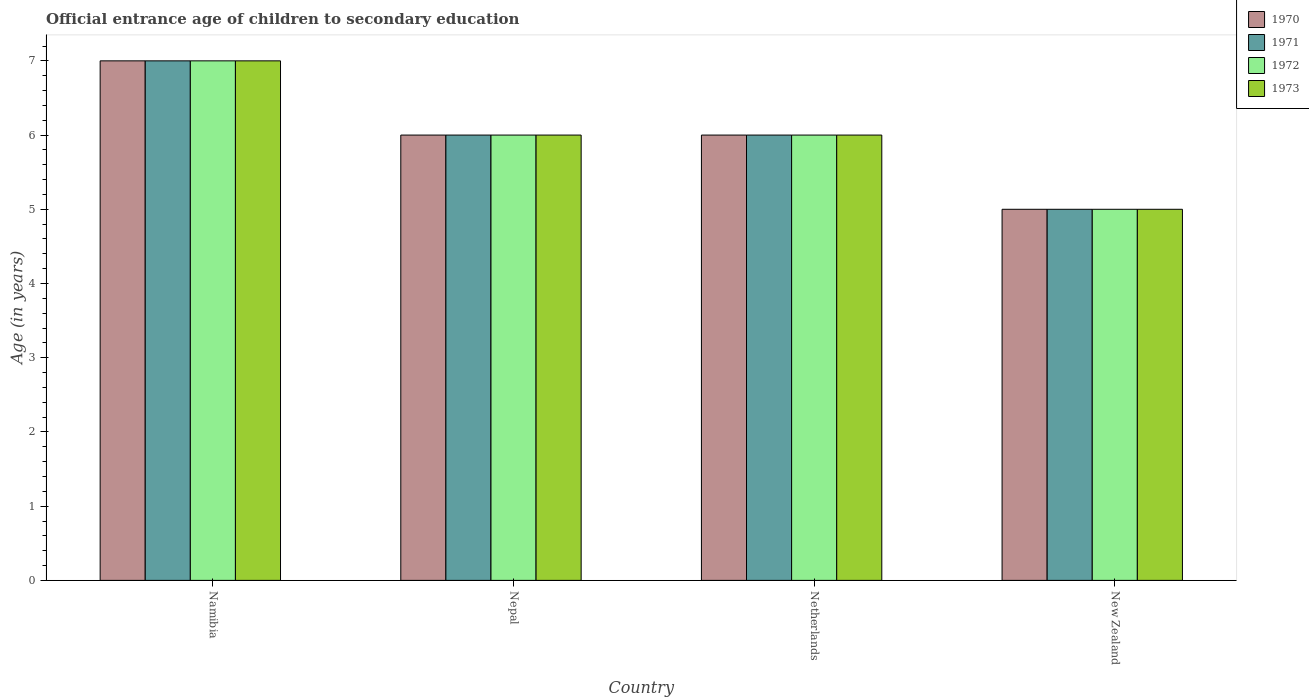
| Country | 1970 | 1971 | 1972 | 1973 |
 | --- | --- | --- | --- | --- |
 | Namibia | 7 | 7 | 7 | 7 |
 | Nepal | 6 | 6 | 6 | 6 |
 | Netherlands | 6 | 6 | 6 | 6 |
 | New Zealand | 5 | 5 | 5 | 5 |